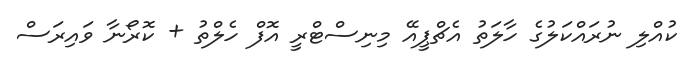
ކުއްލި ނުރައްކަލުގެ ހާލަތު އެޗްޕީއޭ މިނިސްޓްރީ އޮފް ހެލްތު + ކޮރޯނާ ވައިރަސް